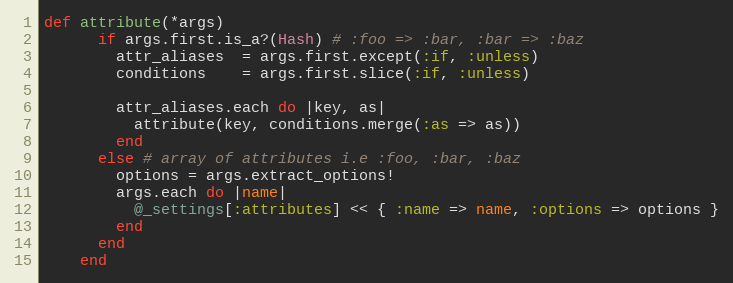
Language: Ruby
def attribute(*args)
      if args.first.is_a?(Hash) # :foo => :bar, :bar => :baz
        attr_aliases  = args.first.except(:if, :unless)
        conditions    = args.first.slice(:if, :unless)

        attr_aliases.each do |key, as|
          attribute(key, conditions.merge(:as => as))
        end
      else # array of attributes i.e :foo, :bar, :baz
        options = args.extract_options!
        args.each do |name|
          @_settings[:attributes] << { :name => name, :options => options }
        end
      end
    end